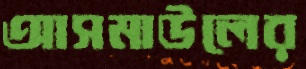
আসমাউলের